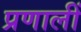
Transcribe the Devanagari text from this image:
प्रणालीं